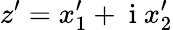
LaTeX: z^{\prime}=x_{1}^{\prime}+\mathrm{~i~}x_{2}^{\prime}